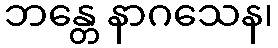
ဘန္တေ နာဂသေန၊